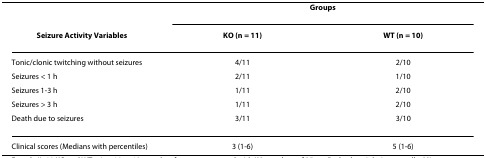
|  | <COLSPAN=2> Groups |
 | Seizure Activity Variables | KO (n = 11) | WT (n = 10) |
 | --- | --- | --- |
 | Tonic/clonic twitching without seizures | 4/11 | 2/10 |
 | Seizures < 1 h | 2/11 | 1/10 |
 | Seizures 1-3 h | 1/11 | 2/10 |
 | Seizures > 3 h | 1/11 | 2/10 |
 | Death due to seizures | 3/11 | 3/10 |
 | Clinical scores (Medians with percentiles) | 3 (1-6) | 5 (1-6) |